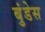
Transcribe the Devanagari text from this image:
बुंडेस